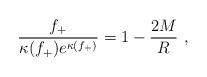
LaTeX: \begin{align*}\frac{f_+}{\kappa(f_+)e^{\kappa(f_+)}} = 1 - \frac{2M}{R}\ ,\end{align*}